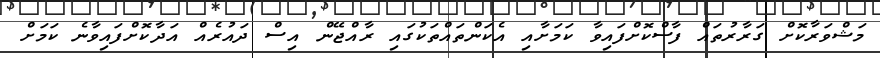
މަޝްވަރާކޮށް ގަރާރުތައް ފާސްކޮށްފައިވާ ކަމަށާއި އެކަންތައްތަކުގައި ރާއްޖޭން އިސް ދައުރެއް އަދާކޮށްފައިވާނެ ކަމަށް